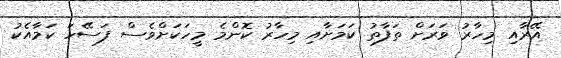
އޭރާއި މިހާރު ވަރަށް ތަފާތު ކަމަށާއި މިހާރު ކޮންމެ މީހަކަށްވެސް ފަސޭހަ ކަމާއެކު